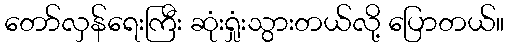
တော်လှန်ရေးကြီး ဆုံးရှုံးသွားတယ်လို့ ပြောတယ်။